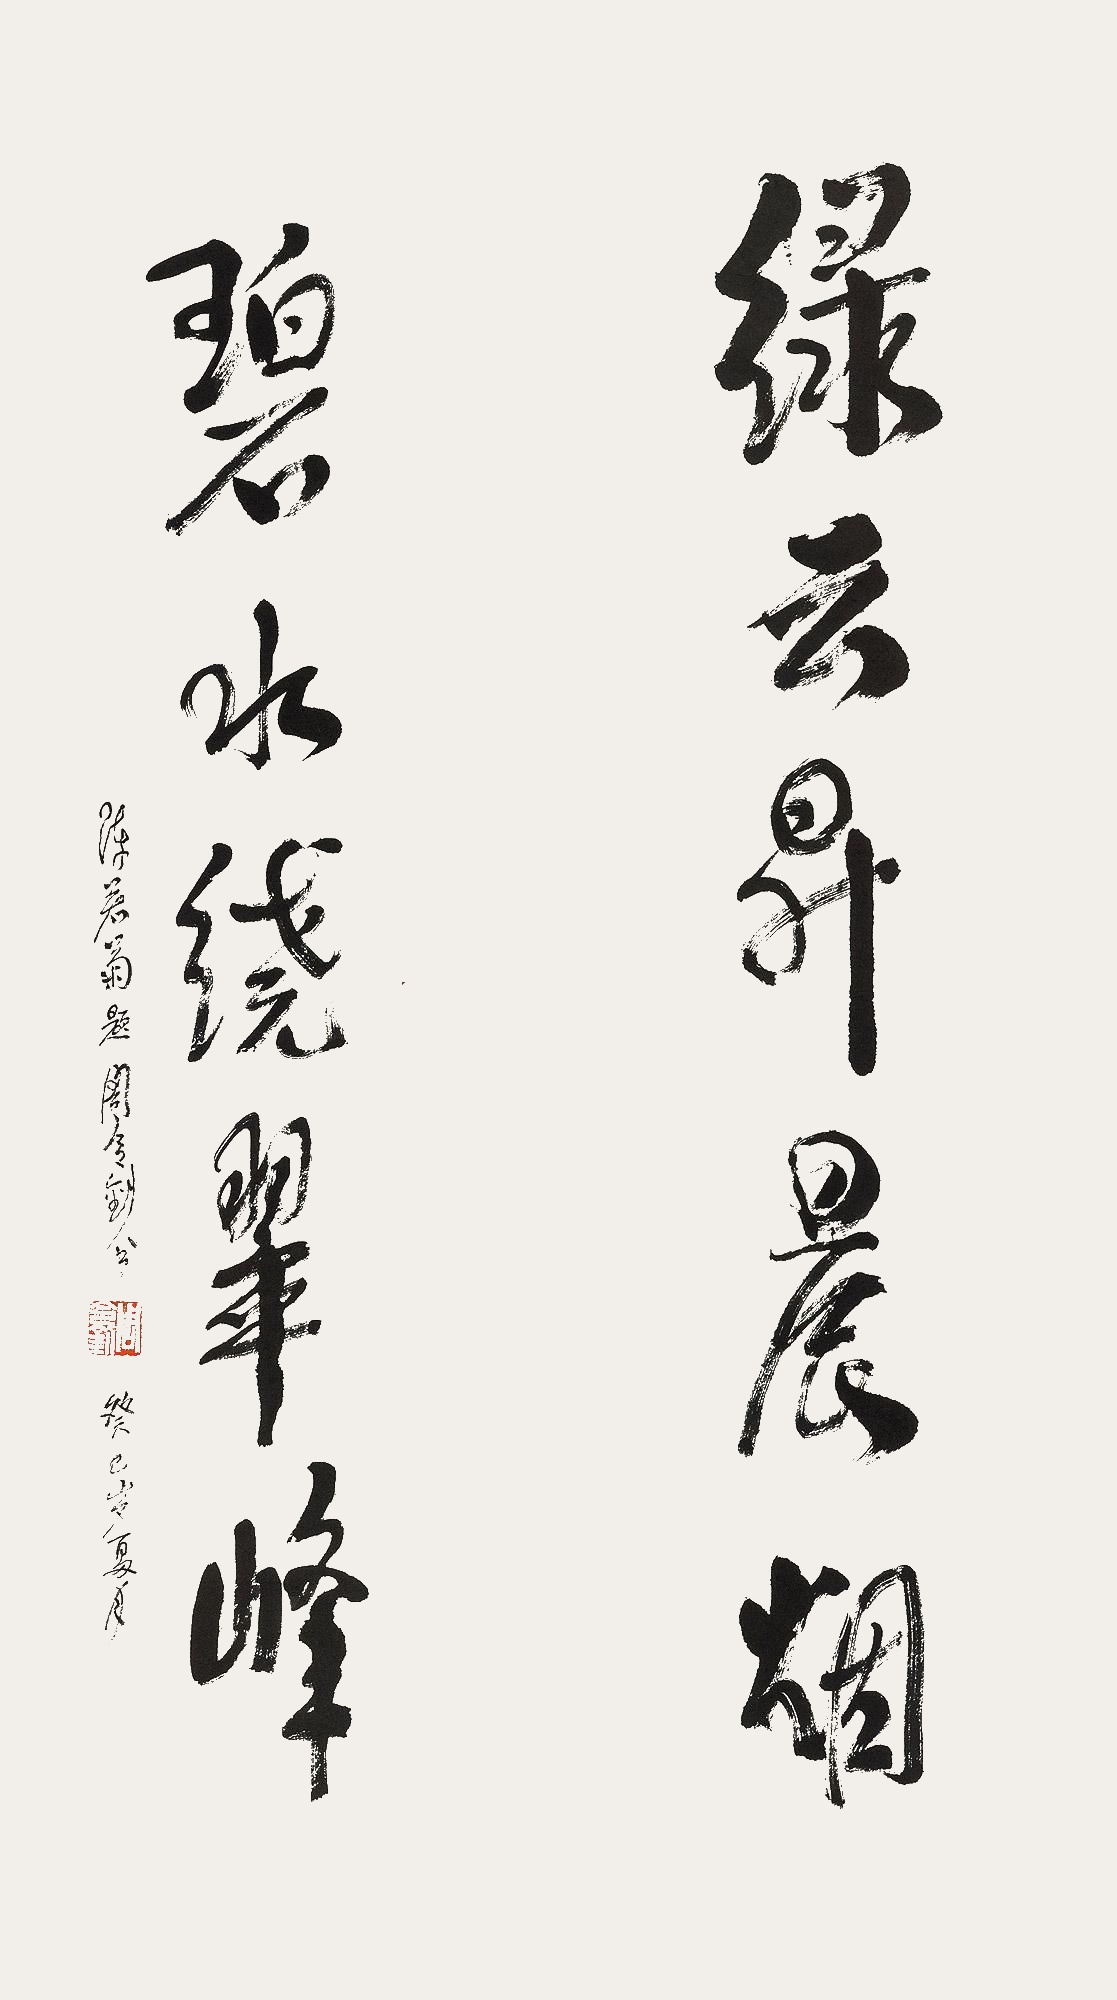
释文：绿云升晨烟，碧水绕翠峰。陈若菊题。周另钊书，癸巳（1953）岁夏月。